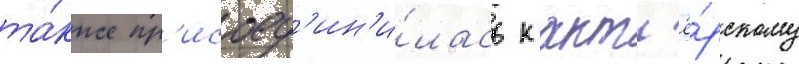
та́кже пр'исоед'ин'и́лась к акт'ё́рскому